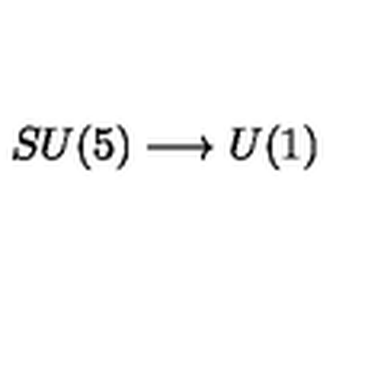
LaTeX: S U ( 5 ) \longrightarrow U ( 1 )